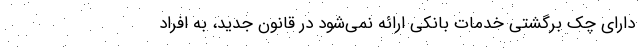
دارای چک برگشتی خدمات بانکی ارائه نمی‌شود در قانون جدید، به افراد